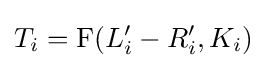
T_{i}=\mathrm {F} (L_{i}'-R_{i}',K_{i})